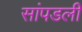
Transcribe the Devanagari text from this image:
सांपडली